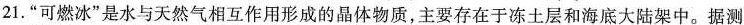
21.”可燃冰”是水与天然气相互作用形成的晶体物质，主要存在于冻土层和海底大陆架中。据测